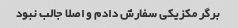
برگر مکزیکی سفارش دادم و اصلا جالب نبود